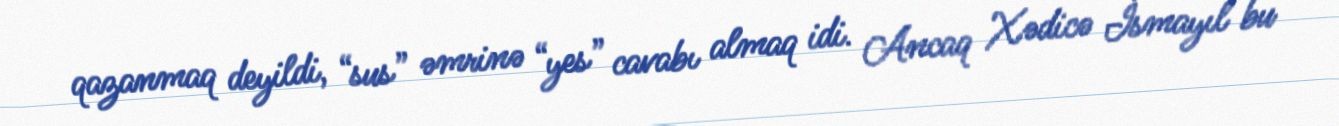
qazanmaq deyildi, “sus” əmrinə “yes” cavabı almaq idi. Ancaq Xədicə İsmayıl bu